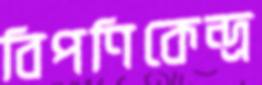
বিপণিকেন্দ্র